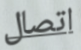
اتصال